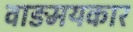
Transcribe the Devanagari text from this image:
वाङमयकार